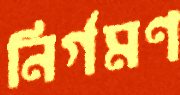
নির্গমণ